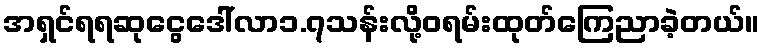
အရှင်ရရဆုငွေဒေါ်လာ၁.၇သန်းလို့ဝရမ်းထုတ်ကြေညာခဲ့တယ်။